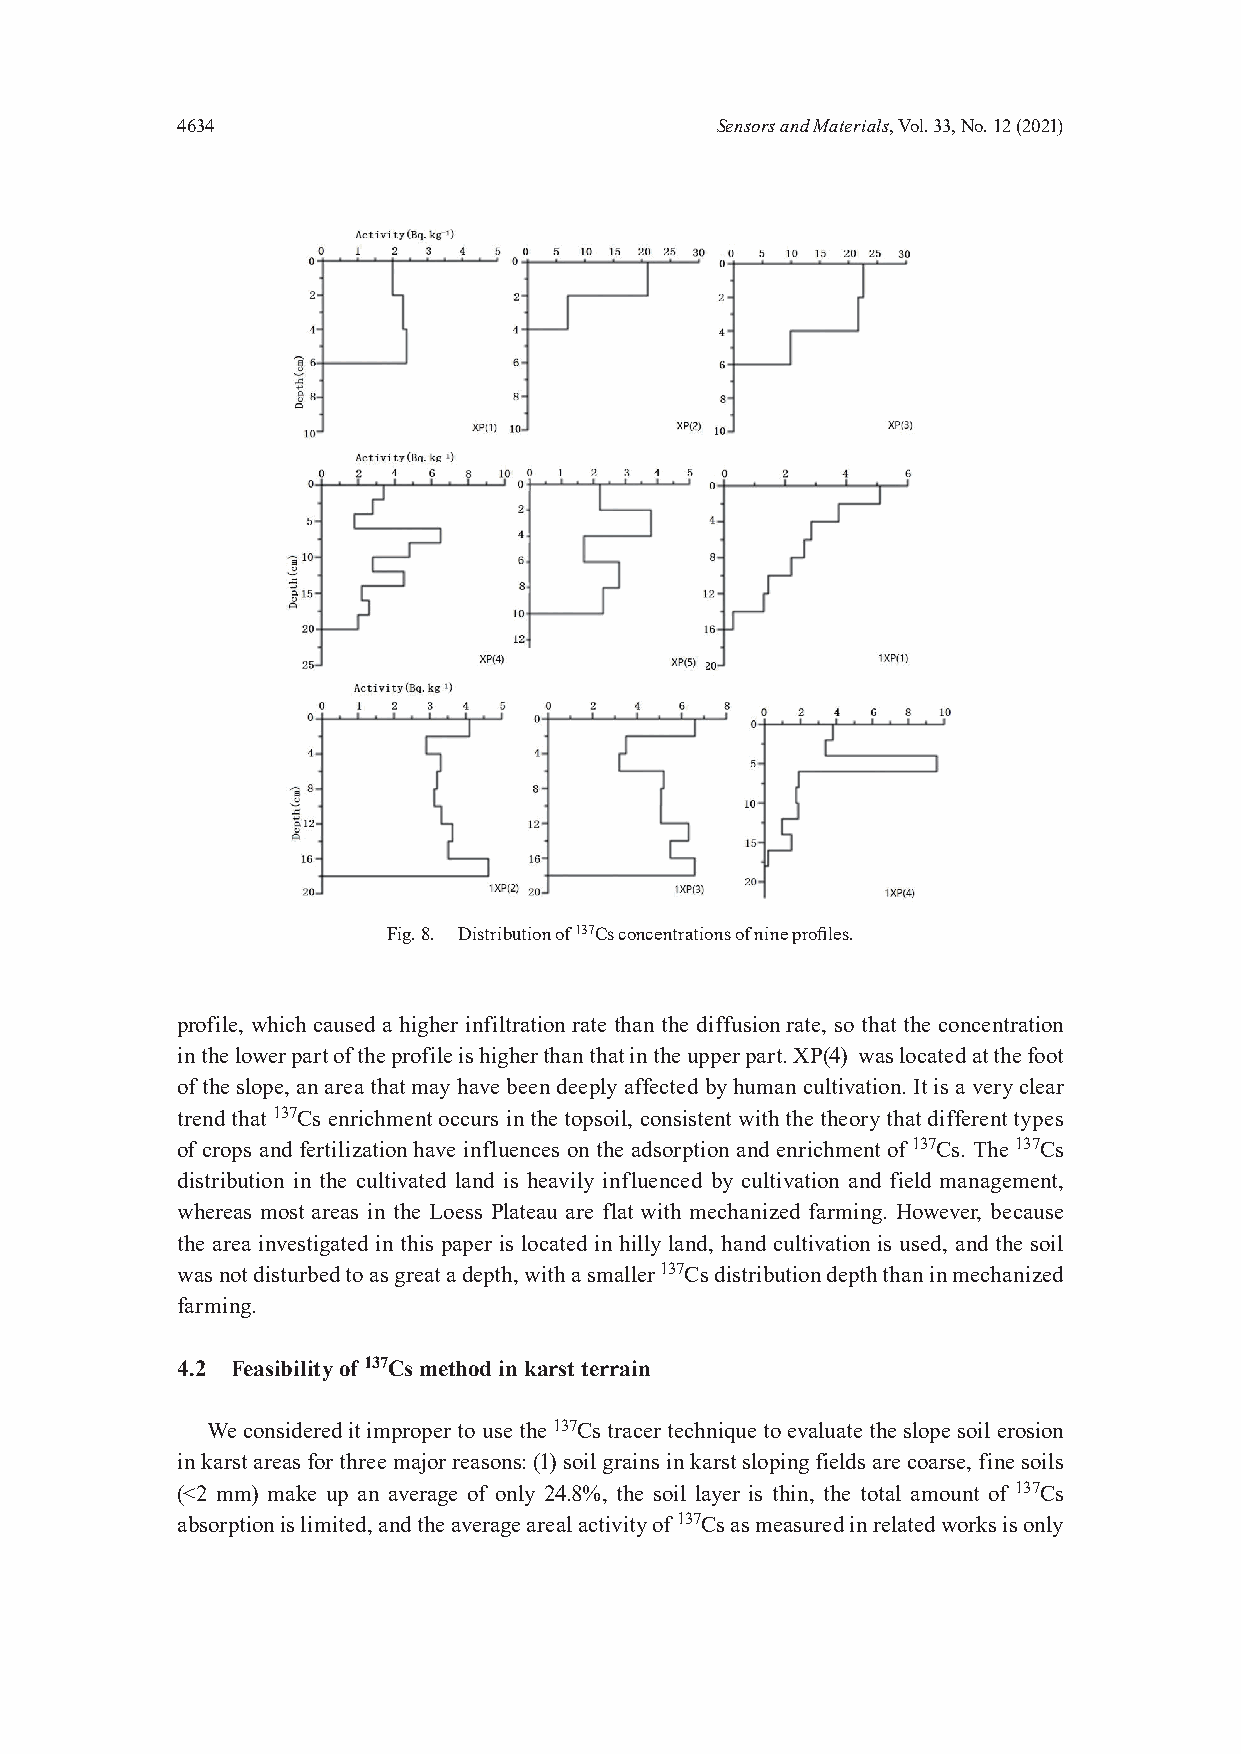
4634                               Sensors and Materials, Vol. 33, No. 12 (2021)
 Fig. 8. Distribution of 137Cs concentrations of nine profiles.
 profile, which caused a higher infiltration rate than the diffusion rate, so that the concentration
 in the lower part of the profile is higher than that in the upper part. XP(4) was located at the foot
 of the slope, an area that may have been deeply affected by human cultivation. It is a very clear
 trend that 137Cs enrichment occurs in the topsoil, consistent with the theory that different types
 of crops and fertilization have influences on the adsorption and enrichment of 137Cs. The 137Cs
 distribution in the cultivated land is heavily influenced by cultivation and field management,
 whereas most areas in the Loess Plateau are flat with mechanized farming. However, because
 the area investigated in this paper is located in hilly land, hand cultivation is used, and the soil
 was not disturbed to as great a depth, with a smaller 137Cs distribution depth than in mechanized
 farming.
 4.2 Feasibility of 137Cs method in karst terrain
 We considered it improper to use the 137Cs tracer technique to evaluate the slope soil erosion
 in karst areas for three major reasons: (1) soil grains in karst sloping fields are coarse, fine soils
 (<2 mm) make up an average of only 24.8%, the soil layer is thin, the total amount of 137Cs
 absorption is limited, and the average areal activity of 137Cs as measured in related works is only